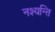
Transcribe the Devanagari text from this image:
नश्यन्ति